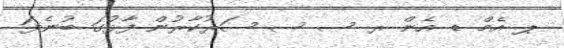
ޕ އެމް ޑ އެން ރ ސ ސ ސަރުކާރުން ފާޅުގަ ބުނެފަ